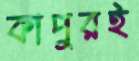
কাপুরই